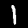
Label: 1